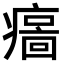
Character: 𤹦